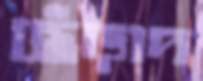
ছেঁড়াদ